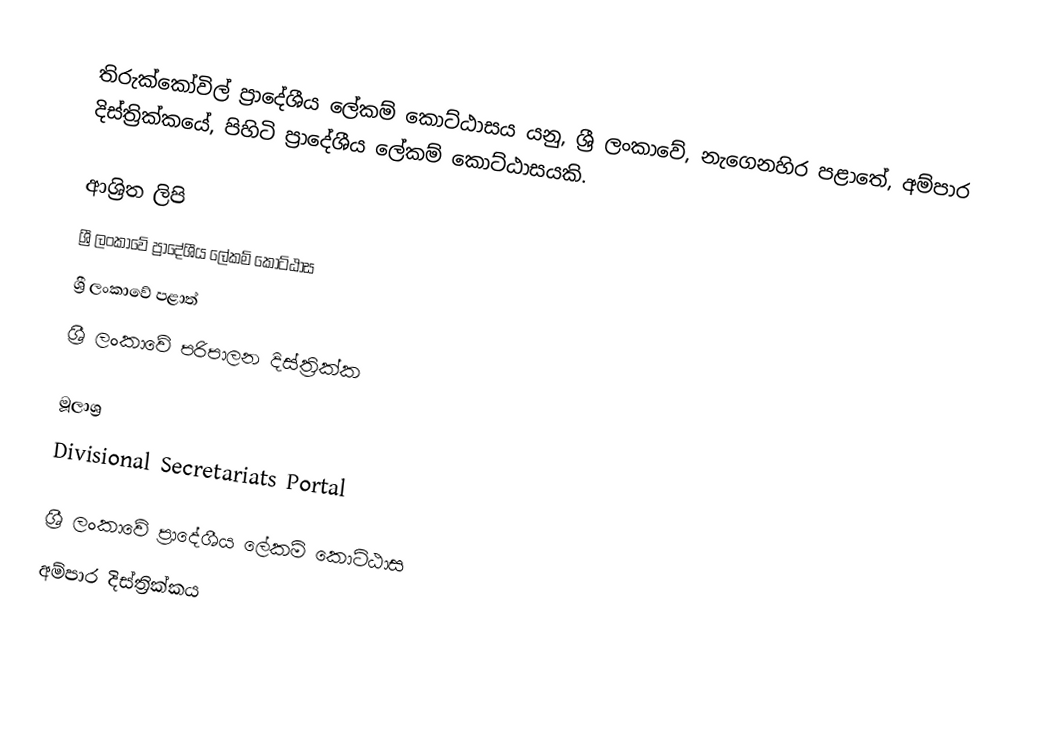
තිරුක්කෝවිල් ප්‍රාදේශීය ලේකම් කොට්ඨාසය  යනු,  ශ්‍රී ලංකාවේ, නැගෙනහිර පළාතේ,   අම්පාර දිස්ත්‍රික්කයේ, පිහිටි ප්‍රාදේශීය ලේකම් කොට්ඨාසයකි.

ආශ්‍රිත ලිපි
ශ්‍රී ලංකාවේ ප්‍රාදේශීය ලේකම් කොට්ඨාස
ශ්‍රී ලංකාවේ පළාත්
ශ්‍රී ලංකාවේ පරිපාලන දිස්ත්‍රික්ක

මූලාශ්‍ර
 Divisional Secretariats Portal

ශ්‍රී ලංකාවේ ප්‍රාදේශීය ලේකම් කොට්ඨාස
අම්පාර දිස්ත්‍රික්කය